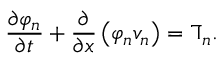
\frac { \partial \varphi _ { n } } { \partial t } + \frac { \partial } { \partial x } \left( \varphi _ { n } v _ { n } \right) = \daleth _ { n } .